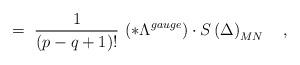
LaTeX: \begin{align*}=\;\frac 1{\left( p-q+1\right) !}\,\left( *\Lambda^{gauge}\right) \cdot S\left( \Delta \right) _{MN}\quad ,\end{align*}